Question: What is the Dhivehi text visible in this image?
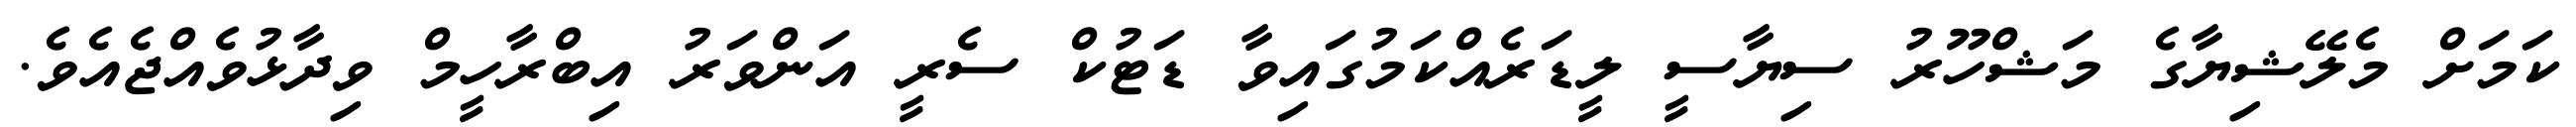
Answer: ކަމަށް މެލޭޝިޔާގެ މަޝްހޫރު ސިޔާސީ ލީޑަރެއްކަމުގައިވާ ޑަޓުކް ސެރީ އަންވަރު އިބްރާހީމް ވިދާޅުވެއްޖެއެވެ.